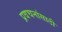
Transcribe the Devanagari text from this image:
प्रवचनांसाठी